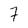
Character: 7